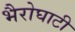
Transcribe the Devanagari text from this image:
भैरोघाटी